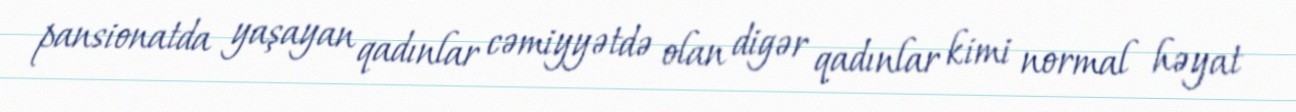
pansionatda yaşayan qadınlar cəmiyyətdə olan digər qadınlar kimi normal həyat